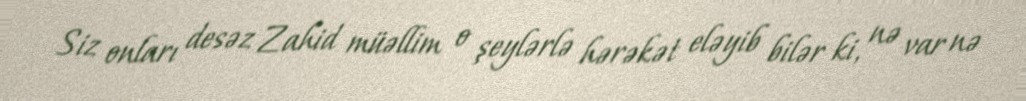
Siz onları desəz Zahid müəllim o şeylərlə hərəkət eləyib bilər ki, nə var nə